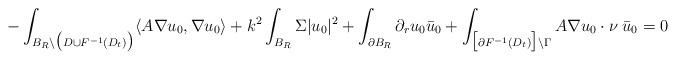
LaTeX: \begin{align*}- \int_{B_{R} \setminus \big(D \cup F^{-1}(D_{t}) \big)} \langle A \nabla u_0, \nabla u_0 \rangle + k^2 \int_{B_{R}} \Sigma |u_0|^2 + \int_{\partial B_R} \partial_r u_0 \bar u_0 + \int_{\big[\partial F^{-1}(D_t) \big]\setminus \Gamma} A \nabla u_0 \cdot \nu \; \bar u_0 = 0\end{align*}